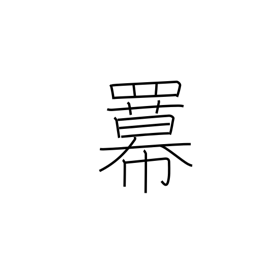
Meaning: power